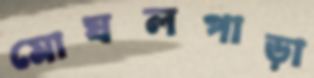
মোঘলপাড়া